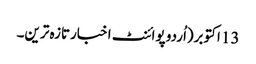
13 اکتوبر(اُردو پوائنٹ اخبارتازہ ترین۔